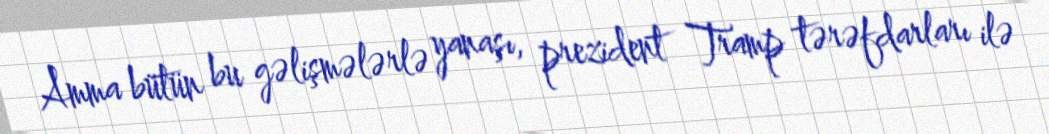
Amma bütün bu gəlişmələrlə yanaşı, prezident Tramp tərəfdarları ilə